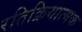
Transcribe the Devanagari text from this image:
रतिक्रियात्मक